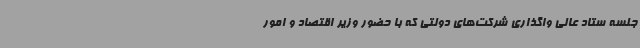
جلسه ستاد عالی واگذاری شرکت‌های دولتی که با حضور وزیر اقتصاد و امور